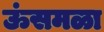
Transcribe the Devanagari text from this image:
ऊंसमळा